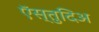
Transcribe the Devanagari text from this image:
ऍस्तुदिअ